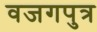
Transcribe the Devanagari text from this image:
वजगपुत्र